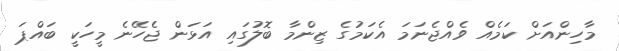
މާހިންއަށް ކަމެއް ވެއްޖެނަމަ އެކަމުގެ ޒިންމާ ބޮލުގައި އަޅަން ޖެހޭނެ މީހަކީ ބައްޕަ